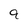
Character: 9